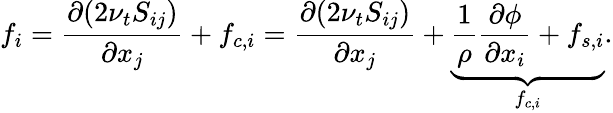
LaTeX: f_{i}=\frac{\partial(2\nu_{t}S_{ij})}{\partial x_{j}}+f_{c,i}=\frac{\partial(2\nu_{t}S_{ij})}{\partial x_{j}}+\underset{f_{c,i}}{\underbrace{\frac{1}{\rho}\frac{\partial\phi}{\partial x_{i}}+f_{s,i}}}.